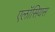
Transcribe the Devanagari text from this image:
एलॉसियस